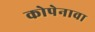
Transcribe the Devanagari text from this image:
कोपेनावा